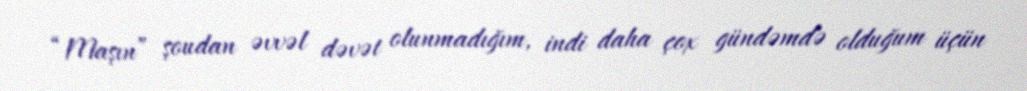
“Maşın” şoudan əvvəl dəvət olunmadığım, indi daha çox gündəmdə olduğum üçün